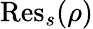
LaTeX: {\mathrm{Res}}_{s}(\rho)